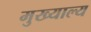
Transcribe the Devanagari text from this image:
मुख्याल्य